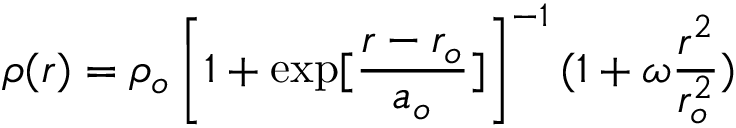
\rho ( r ) = \rho _ { o } \left[ 1 + \exp [ \frac { r - r _ { o } } { a _ { o } } ] \right] ^ { - 1 } ( 1 + \omega \frac { r ^ { 2 } } { r _ { o } ^ { 2 } } )